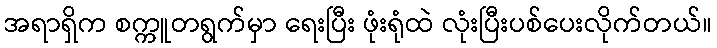
အရာရှိက စက္ကူတရွက်မှာ ရေးပြီး ဖုံးရုံထဲ လုံးပြီးပစ်ပေးလိုက်တယ်။